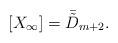
LaTeX: \begin{align*}[X_\infty]= \bar{\tilde D}_{m+2}.\end{align*}